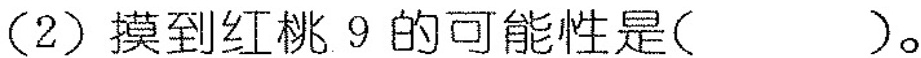
(2)摸到红桃9的可能性是()。